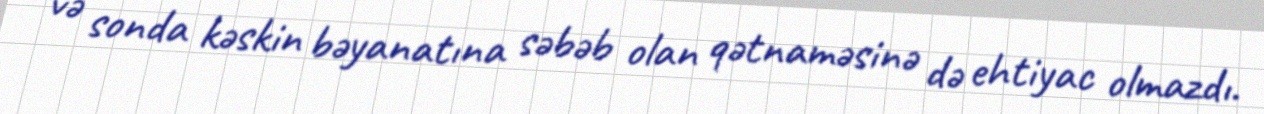
və sonda kəskin bəyanatına səbəb olan qətnaməsinə də ehtiyac olmazdı.